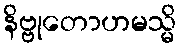
နိဗ္ဗုတောဟမသ္မိ